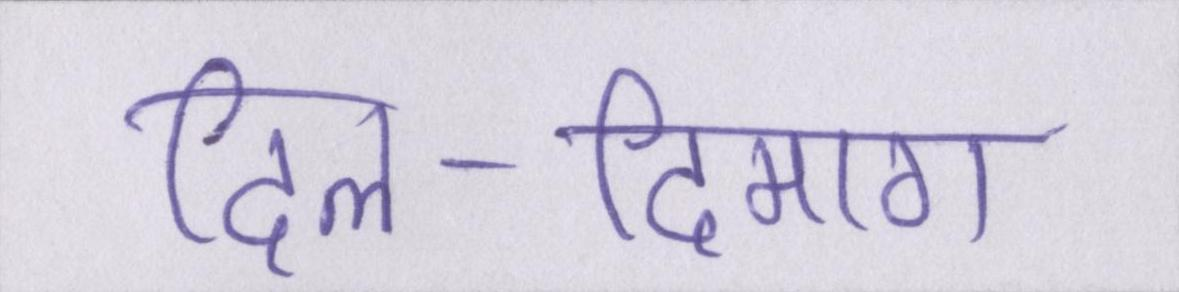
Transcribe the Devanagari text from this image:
दिल-दिमाग